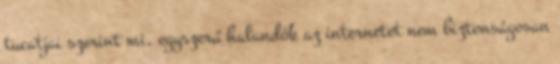
tucatjai szerint mi, egyszerű halandók az internetet nem biztonságosan